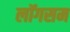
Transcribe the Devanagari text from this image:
लॉगसम